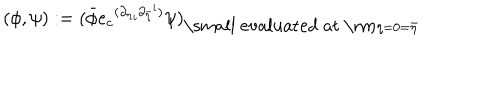
( \phi , \psi ) : = { ( \bar { \phi } { e _ { c } } ^ { ( { { \partial } _ { \eta } } _ { i } { { \partial } _ { \bar { \eta } } } ^ { i } ) } \psi ) } _ { \mathrm { \small ~ e v a l u a t e d ~ a t ~ \mathrm { } } \eta = 0 = \bar { \eta } }